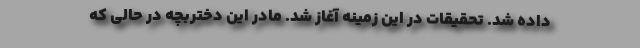
داده شد. تحقیقات در این زمینه آغاز شد. مادر این دختربچه در حالی که